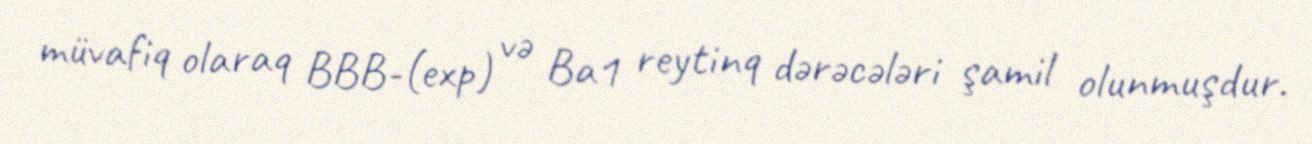
müvafiq olaraq BBB-(exp) və Ba1 reytinq dərəcələri şamil olunmuşdur.